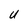
Character: U